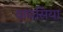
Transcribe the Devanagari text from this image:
वाघसिया